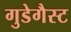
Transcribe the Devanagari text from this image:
गुडेगैस्ट